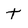
Character: t